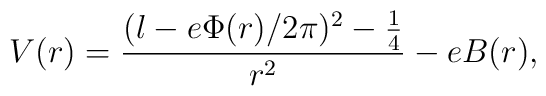
V(r) = \frac{(l - e\Phi(r)/2\pi)^2 - \frac{1}{4}}{r^2} - eB(r),